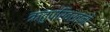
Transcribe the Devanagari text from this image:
ऋतुपरिवर्तनों